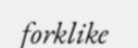
forklike